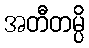
အတီတမ္ပိ